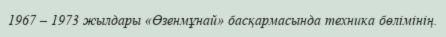
1967 – 1973 жылдары «Өзенмұнай» басқармасында техника бөлімінің.